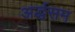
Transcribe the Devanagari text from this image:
अर्द्धसम